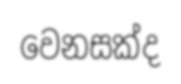
වෙනසක්ද